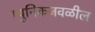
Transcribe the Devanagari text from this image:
म्युनिकजवळील